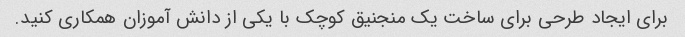
برای ایجاد طرحی برای ساخت یک منجنیق کوچک با یکی از دانش آموزان همکاری کنید.